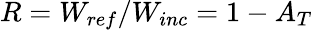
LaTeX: R=W_{ref}/W_{inc}=1-A_{T}